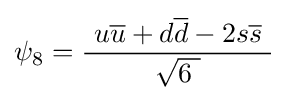
\psi _{8}={\frac {\ u{\overline {u}}+d{\overline {d}}-2s{\overline {s}}\ }{\sqrt {6\ }}}~